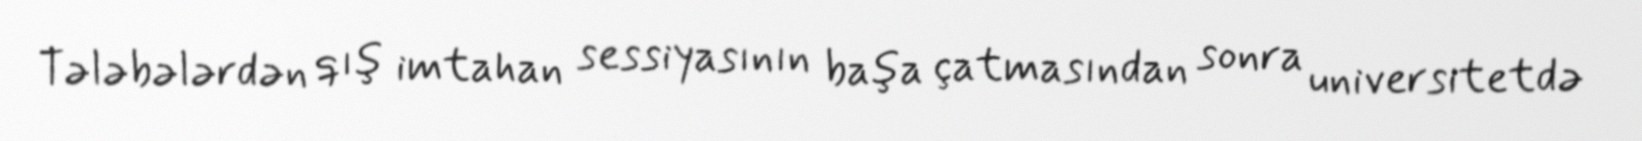
Tələbələrdən qış imtahan sessiyasının başa çatmasından sonra universitetdə